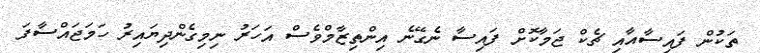
ތަކުން ފައިސާއާއި ޗެކް ޖަމާކޮށް ފައިސާ ނެގޭނެ އިންތިޒާމްވެސް އަހަރު ނިމިގެންދިޔައިރު ހަމަޖައްސާފަ